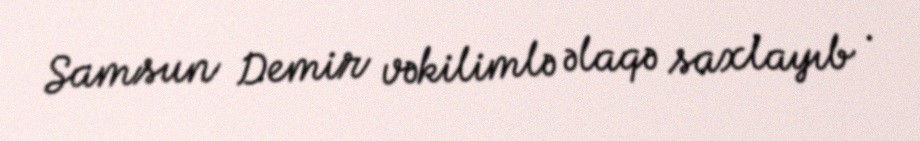
Samsun Demir vəkilimlə əlaqə saxlayıb .